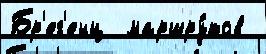
Бр'ег'енц  маршру́тов